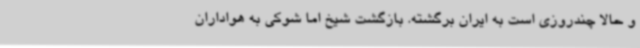
و حالا چندروزی است به ایران برگشته. بازگشت شیخ اما شوکی به هواداران